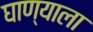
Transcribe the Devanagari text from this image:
घाण्याला